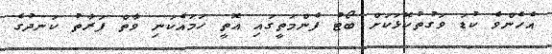
އެހެންވެ ކުޑަ ވަގުތުކޮޅަކަށް ބޯޓު ފެންމަތީގައި އޮތީ ހަމައެކަނި ވާތް ފަރާތު ކަނދުގެ